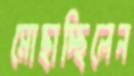
মোছাচ্ছিলেন